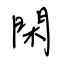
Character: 閑